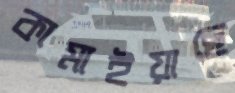
কামাইয়াছে